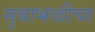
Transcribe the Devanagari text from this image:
सुबाभळीचा